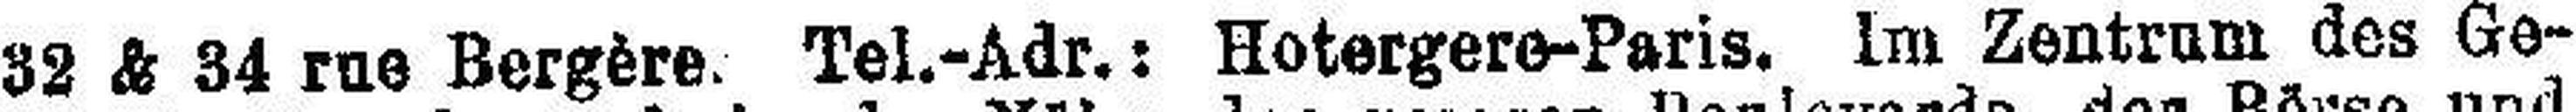
32 & 34 rue Bergère. Tel.-Adr.: Hotergere-Paris. im Zentrum des Ge¬